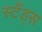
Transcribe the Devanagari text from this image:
स्टँड्स